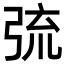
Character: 𢏭